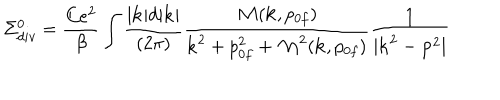
LaTeX: \Sigma _ { d i v } ^ { 0 } = { \frac { C e ^ { 2 } } { \beta } } \int { \frac { | { \bf k } | d | { \bf k } | } { ( 2 \pi ) } } { \frac { { \cal M } ( { \bf k } , p _ { 0 f } ) } { { \bf k } ^ { 2 } + p _ { 0 f } ^ { 2 } + { \cal M } ^ { 2 } ( { \bf k } , p _ { 0 f } ) } } { \frac { 1 } { | { \bf k } ^ { 2 } - { \bf p } ^ { 2 } | } }